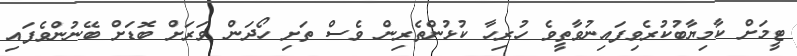
ޓީމަށް ކާމިޔާބުކުރެވިފައިނުވާތީވެ ހުރިހާ ކުޅުންތެރިން ވެސް ތަށި ހޯދަން ވަރަށް ބޮޑަށް ބޭނުންވެފައި